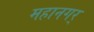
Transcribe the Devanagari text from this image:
महानगर्